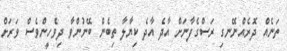
ތަނެއް ދޮރެއްނޭނގި ރަސްގެފާނަށް އާދެ އާދެ ކިޔާލާ ތިބެން ބޭނުންވާ ދިވެހީންވެސް ވަރަށް